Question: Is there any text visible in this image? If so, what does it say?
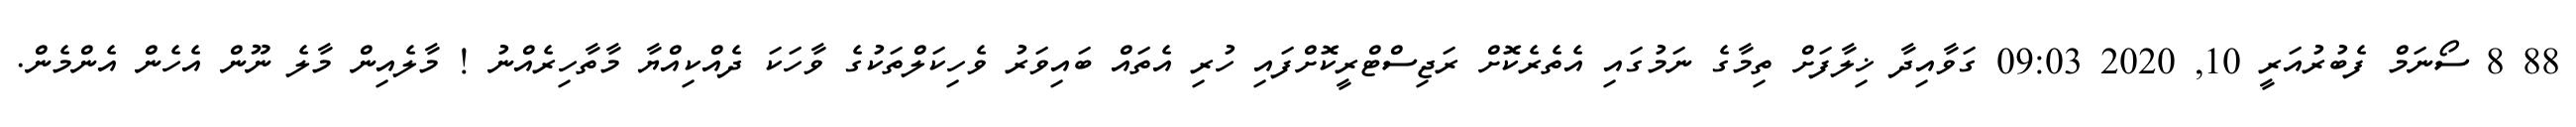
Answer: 88 8 ސޯނަމް ފެބުރުއަރީ 10, 2020 09:03 ގަވާއިދާ ޚިލާފަށް ތިމާގެ ނަމުގައި އެތެރެކޮށް ރަޖިސްޓްރީކޮށްފައި ހުރި އެތައް ބައިވަރު ވެހިކަލްތަކުގެ ވާހަކަ ދެއްކިއްޔާ މާތާހިރެއްނު ! މާލެއިން މާލެ ނޫން އެހެން އެންމެން.